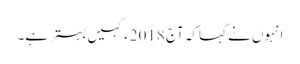
انہوں نے کہاکہ آج 2018ء کہیں بہتر ہے۔